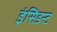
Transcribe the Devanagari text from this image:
इंसिडन्ट